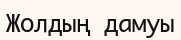
Жолдың дамуы